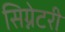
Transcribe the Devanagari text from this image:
सिग्नेटरी